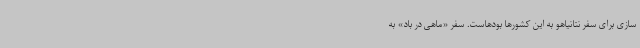
سازی برای سفر نتانیاهو به این کشورها بودهاست. سفر «ماهی در باد» به